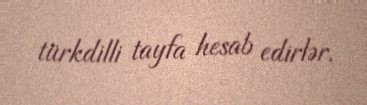
türkdilli tayfa hesab edirlər.